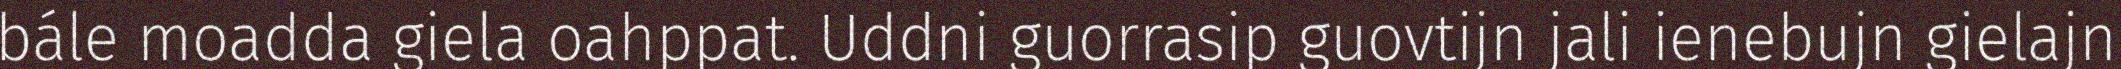
bále moadda giela oahppat. Uddni guorrasip guovtijn jali ienebujn gielajn